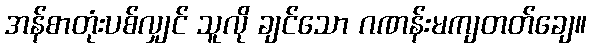
အန်စာတုံးပစ်လျှင် သူလို ချင်သော ဂဏန်းမကျတတ်ချေ။